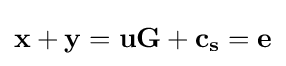
\mathbf {x+y=uG+c_{s}=e}